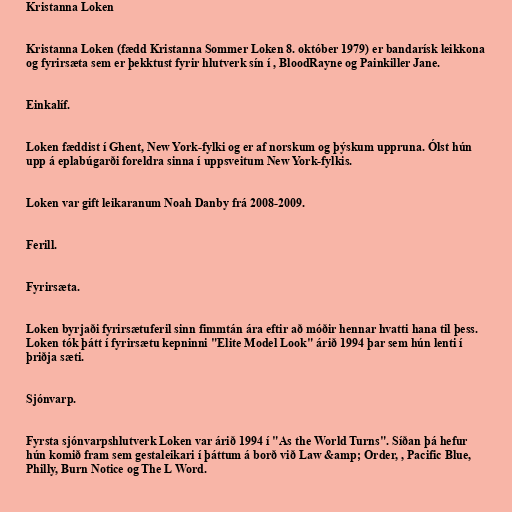
Kristanna Loken

Kristanna Loken (fædd Kristanna Sommer Loken 8. október 1979) er bandarísk leikkona
og fyrirsæta sem er þekktust fyrir hlutverk sín í , BloodRayne og Painkiller Jane.

Einkalíf.

Loken fæddist í Ghent, New York-fylki og er af norskum og þýskum uppruna. Ólst hún
upp á eplabúgarði foreldra sinna í uppsveitum New York-fylkis.

Loken var gift leikaranum Noah Danby frá 2008-2009.

Ferill.

Fyrirsæta.

Loken byrjaði fyrirsætuferil sinn fimmtán ára eftir að móðir hennar hvatti hana til þess.
Loken tók þátt í fyrirsætu kepninni "Elite Model Look" árið 1994 þar sem hún lenti í
þriðja sæti.

Sjónvarp.

Fyrsta sjónvarpshlutverk Loken var árið 1994 í "As the World Turns". Síðan þá hefur
hún komið fram sem gestaleikari í þáttum á borð við Law &amp; Order, , Pacific Blue,
Philly, Burn Notice og The L Word.